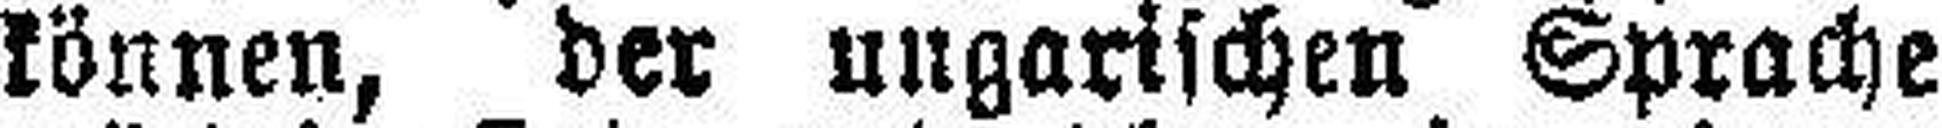
können, der ungarischen Sprache